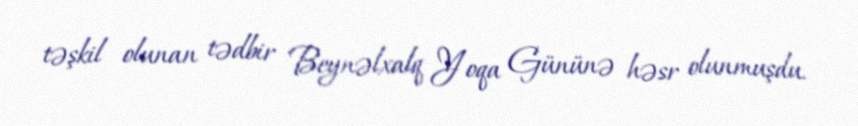
təşkil olunan tədbir Beynəlxalq Yoqa Gününə həsr olunmuşdu.